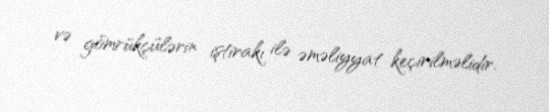
və gömrükçülərin iştirakı ilə əməliyyat keçirilməlidir.